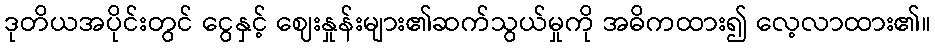
ဒုတိယအပိုင်းတွင် ငွေနှင့် ဈေးနှုန်းများ၏ဆက်သွယ်မှုကို အဓိကထား၍ လေ့လာထား၏။